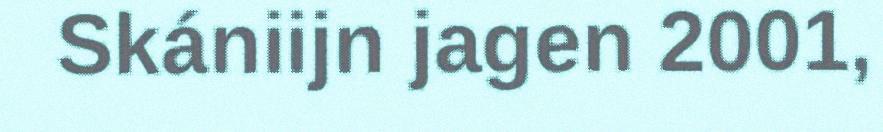
Skániijn jagen 2001,